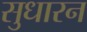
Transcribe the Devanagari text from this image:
सुधारन